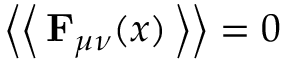
\left\langle \left< \, \mathbf { F } _ { \mu \nu } ( x ) \, \right> \right\rangle = 0